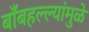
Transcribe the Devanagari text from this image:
बाँबहल्ल्यांमुळे